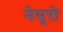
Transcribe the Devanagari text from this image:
नेमुरो